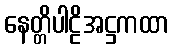
နေတ္တိပါဠိအဋ္ဌကထာ